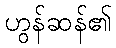
ဟွန်ဆန်၏